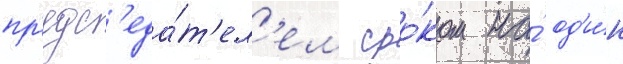
пр'едс'еда́т'ел'ем сро́ком на́ од'и́н